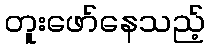
တူးဖော်နေသည့်